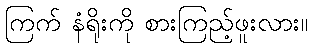
ကြက် နံရိုးကို စားကြည့်ဖူးလား။